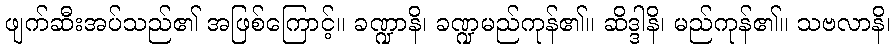
ဖျက်ဆီးအပ်သည်၏ အဖြစ်ကြောင့်။ ခဏ္ဍာနိ၊ ခဏ္ဍမည်ကုန်၏။ ဆိဒ္ဒါနိ၊ မည်ကုန်၏။ သဗလာနိ၊